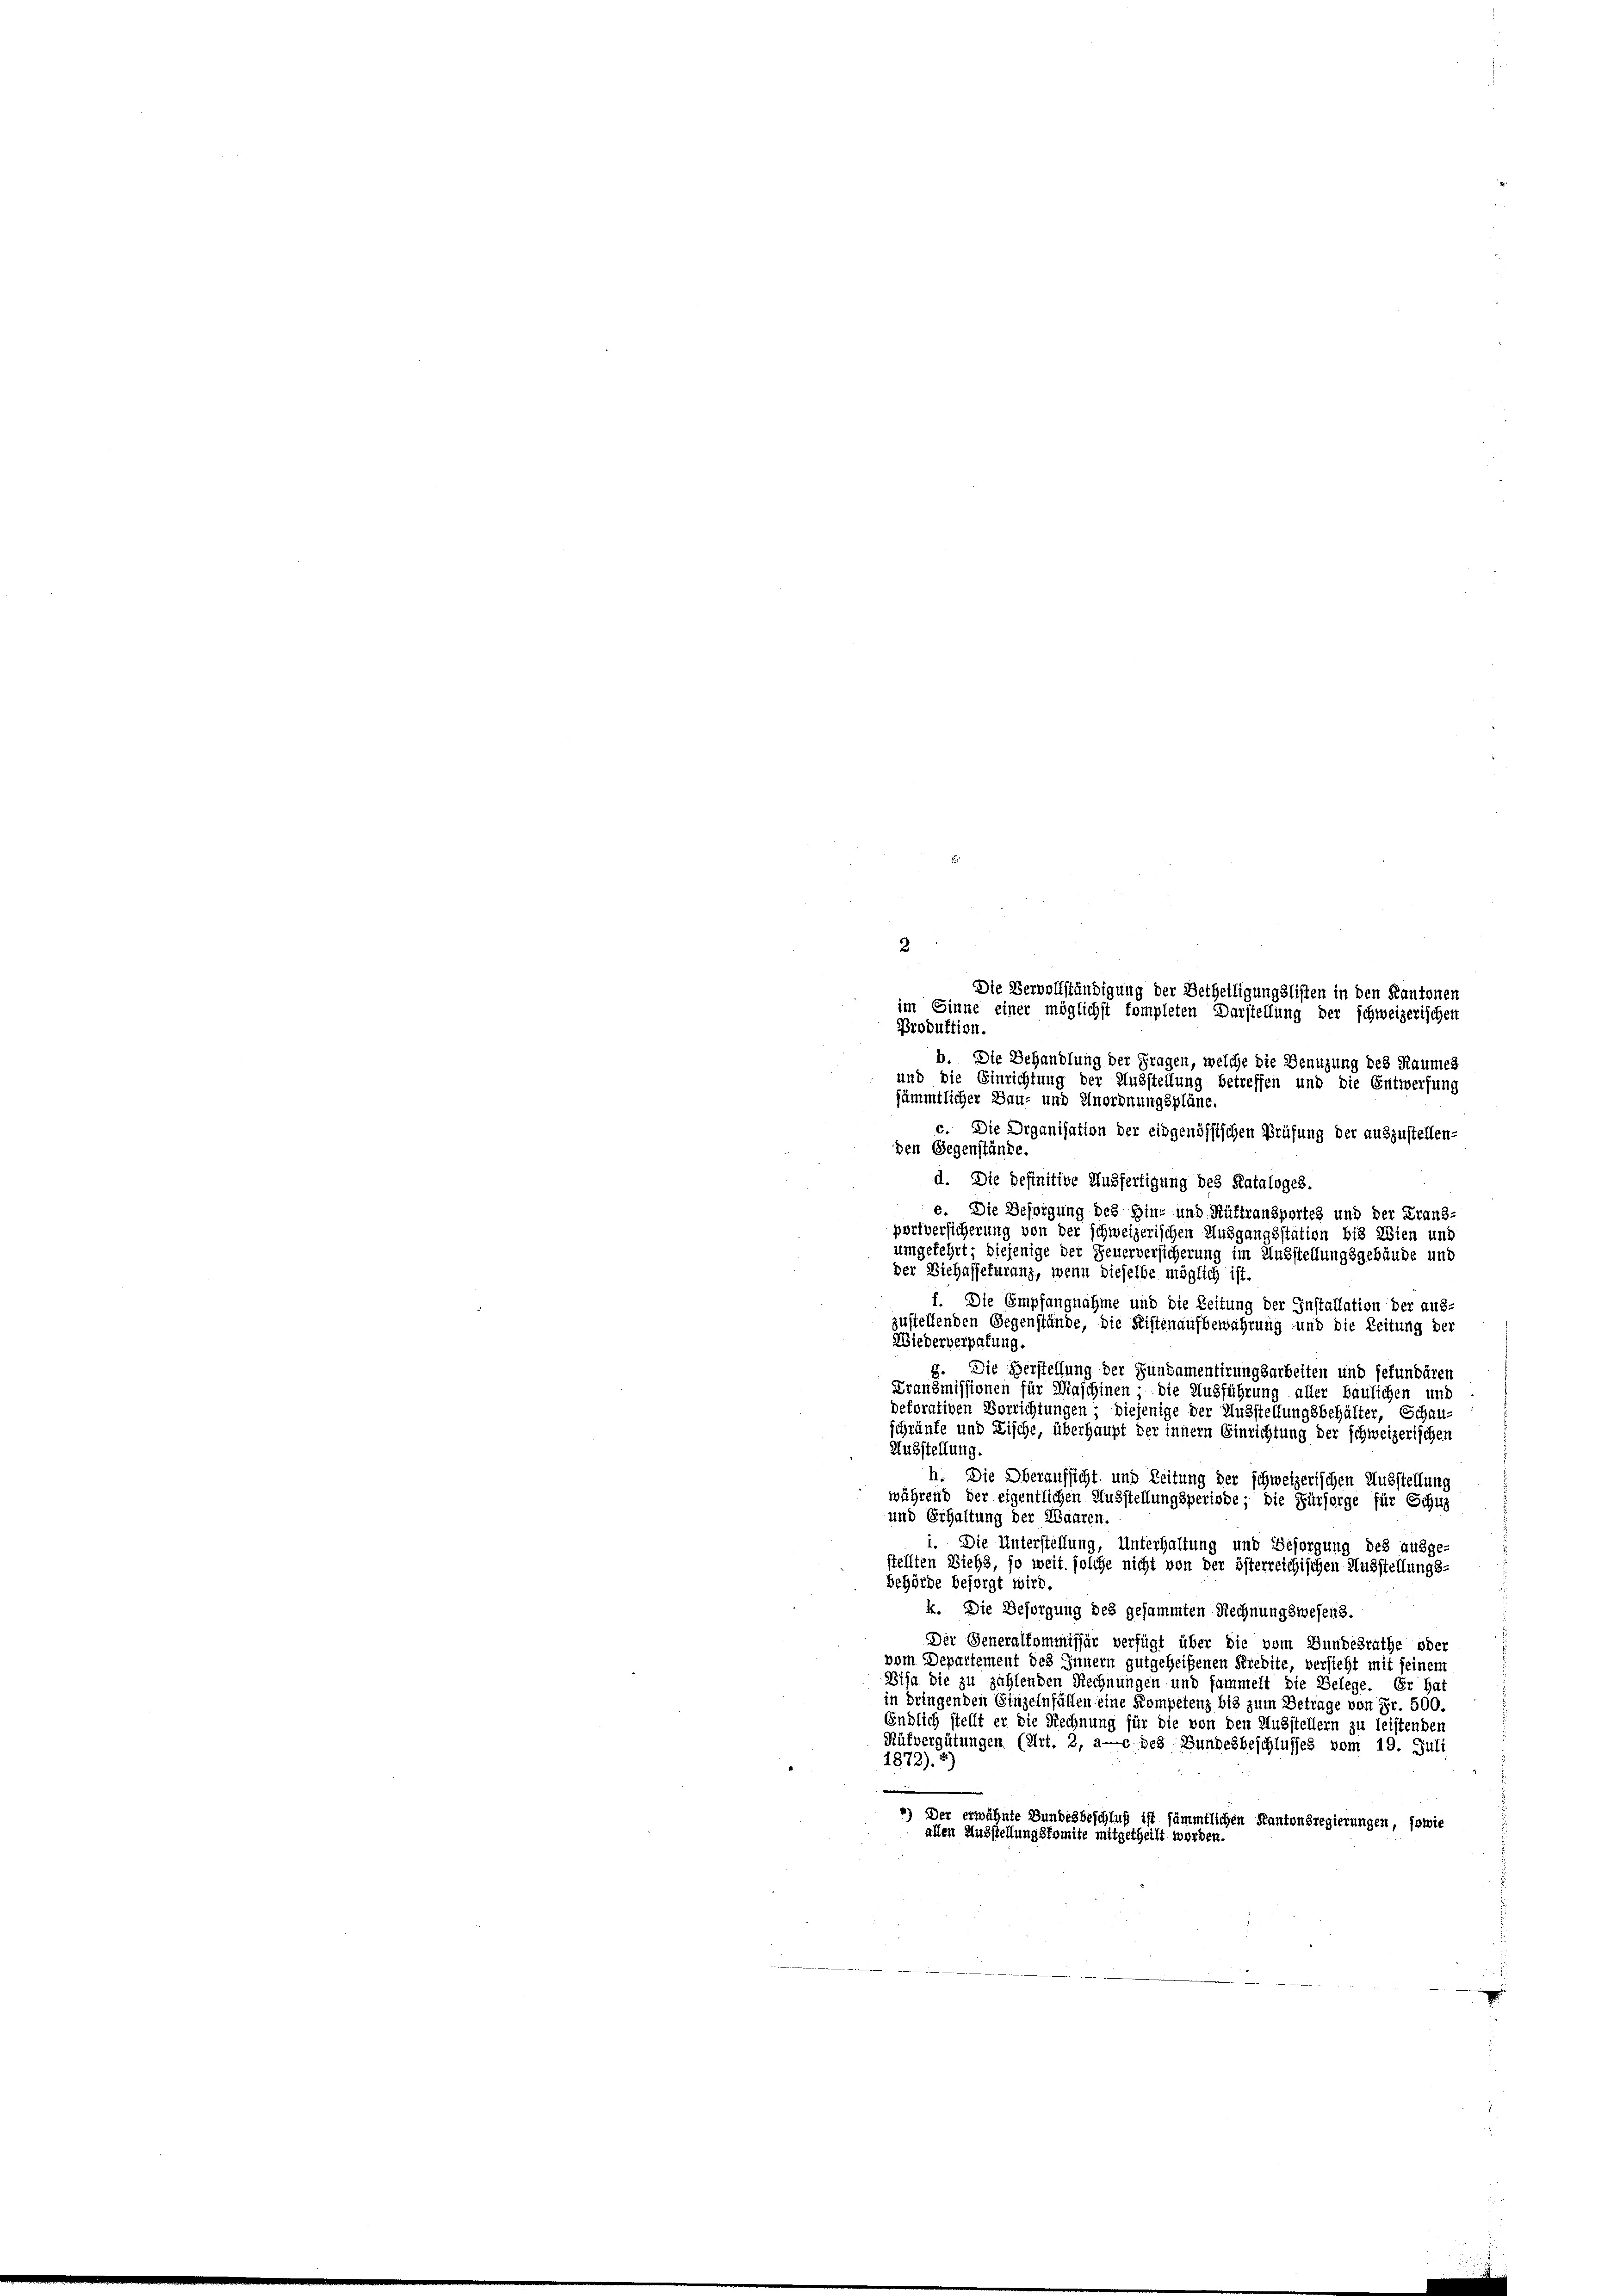
2
Die Vervollständigung der Betheiligungslisten in den Kantonen
im Sinne einer möglichst kompleten Darstellung der schweizerischen
Produktion.
b. Die Behandlung der Fragen, welche die Benuzung des Raumes
und die Einrichtung der Ausstellung betreffen und die Entwerfung
sämmtlicher Bau- und Anordnungspläne.
c. Die Organisation der eidgenössischen Prüfung der auszustellen-
den Gegenstände.
d. Die definitive Ausfertigung des Kataloges.
e. Die Besorgung des Hin- und Rüttransportes und der Franz-
portversicherung von der schweizerischen Ausgangsstation bis Wien und
umgekehrt; diejenige der Feuerversicherung im Ausstellungsgebäude und
der Viehassekuranz, wenn dieselbe möglich ist.
f. Die Empfangnahme und die Zeitung der Installation der aus-
zustellenden Gegenstände, die Fistenaufbewahrung und die Zeitung der
Wiederverpalung.
§. Die Verstellung der Junkamentirungsarbeiten und gefundären
Transmissionen für Maschinen - die Ausführung aller baulichen und
dekorativen Vorrichtungen - diejenige der Ausstellungsbehälter, Schau-
schränke und Fische, überhaupt der innern Einrichtung der schweizerischen
Ausstellung.
h. Die Oberaufsicht und Zeitung der schweizerischen Ausstellung
während der eigentlichen Ausstellungsperiode; die Fürsorge für Schus
und Erhaltung der Waaren
i. Die Unterstellung, Unterhaltung und Besorgung des ausge
stellten Diebs, so weit solche nicht von der österreichischen Ausstellungs-
behörde besorgt wird.
k. Die Besorgung des gesammten Rechnungswesens.
Der Generalkommissär verfügt über die vom Bundesrathe oder
vom Departement des Innern gutgeheißenen Kredite, versicht mit seinem
Bisa die zu zahlenden Rechnungen und sammelt die Belege. Er hat
in dringenden Einzelnfällen eine Kompetenz bis zum Betrage von Fr. 500.
Endlich stellt er die Rechnung für die von den Ausstellern zu leistenden
Küfvergütungen (Art. 2, ac des Bundesbeschlusses vom 19. Juli
1872). *)
e
4) Der erwähnte Bundesbeschluß ist sämmtlichen Kantonsregierungen, sowie
allen Ausstellungskomite mitgetheilt worden.